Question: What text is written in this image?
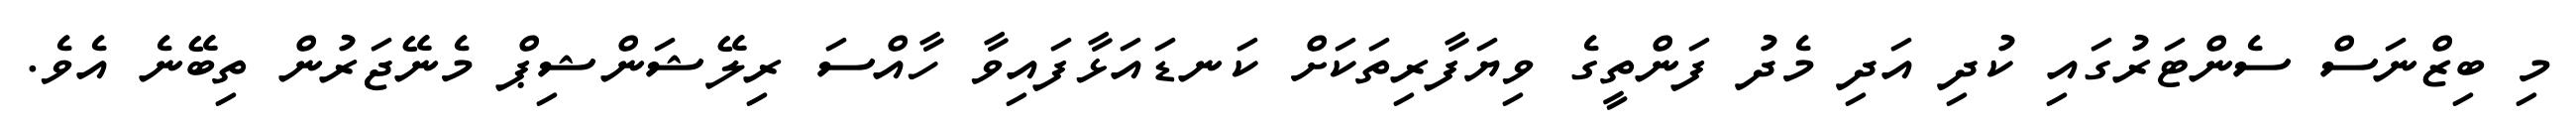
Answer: މި ބިޒްނަސް ސެންޓަރުގައި ކުދި އަދި މެދު ފަންތީގެ ވިޔަފާރިތަކަށް ކަނޑައަޅާފައިވާ ހާއްސަ ރިލޭޝަންޝިޕް މެނޭޖަރުން ތިބޭނެ އެވެ.